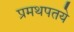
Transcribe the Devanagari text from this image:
प्रमथपतये